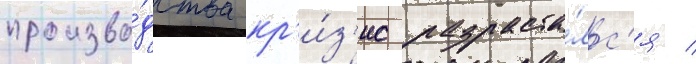
произво́дства кр'и́з'ис разраста́лс'я /